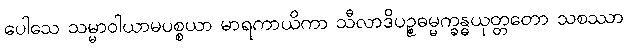
ပေါသေ သမ္မာဝါယာမပစ္စယာ မာရကာယိကာ သီလာဒိပဉ္စဓမ္မက္ခန္ဓယုတ္တတော သစဿာ